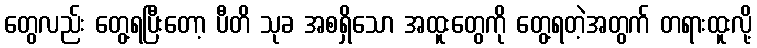
တွေလည်း တွေ့ရပြီးတော့ ပီတိ သုခ အစရှိသော အထူးတွေကို တွေ့ရတဲ့အတွက် တရားထူးလို့